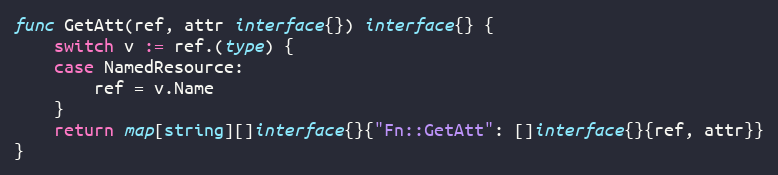
Language: Go
func GetAtt(ref, attr interface{}) interface{} {
	switch v := ref.(type) {
	case NamedResource:
		ref = v.Name
	}
	return map[string][]interface{}{"Fn::GetAtt": []interface{}{ref, attr}}
}